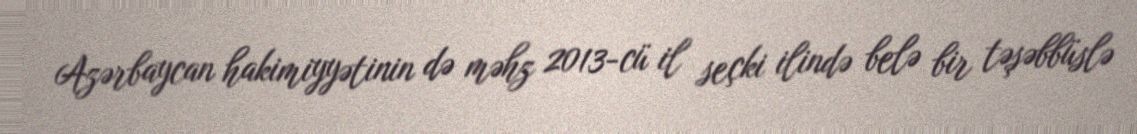
Azərbaycan hakimiyyətinin də məhz 2013-cü il seçki ilində belə bir təşəbbüslə